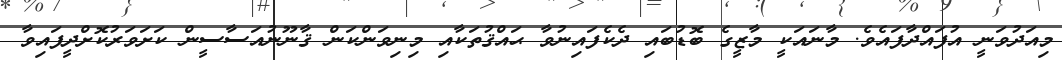
މިއަދުވަނީ އުފައްދާފައެވެ. މާނައަކީ މާޒީގެ ބޮޑުބައި ދެކެފައިނުވާ ޙައްޤުތަކާއި މިނިވަންކަން ޤާނޫނުއަސާސީން ކަށަވަރުކޮށްދީފައިވާ